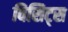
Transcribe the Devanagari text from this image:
विसिट्स